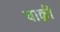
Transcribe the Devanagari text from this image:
याक्वी